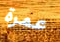
عمرة